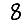
Digit: 8